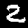
Label: 2